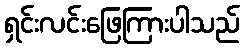
ရှင်းလင်းဖြေကြားပါသည်